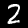
Label: 2